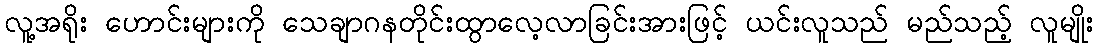
လူ့အရိုး ဟောင်းများကို သေချာဂနတိုင်းထွာလေ့လာခြင်းအားဖြင့် ယင်းလူသည် မည်သည့် လူမျိုး